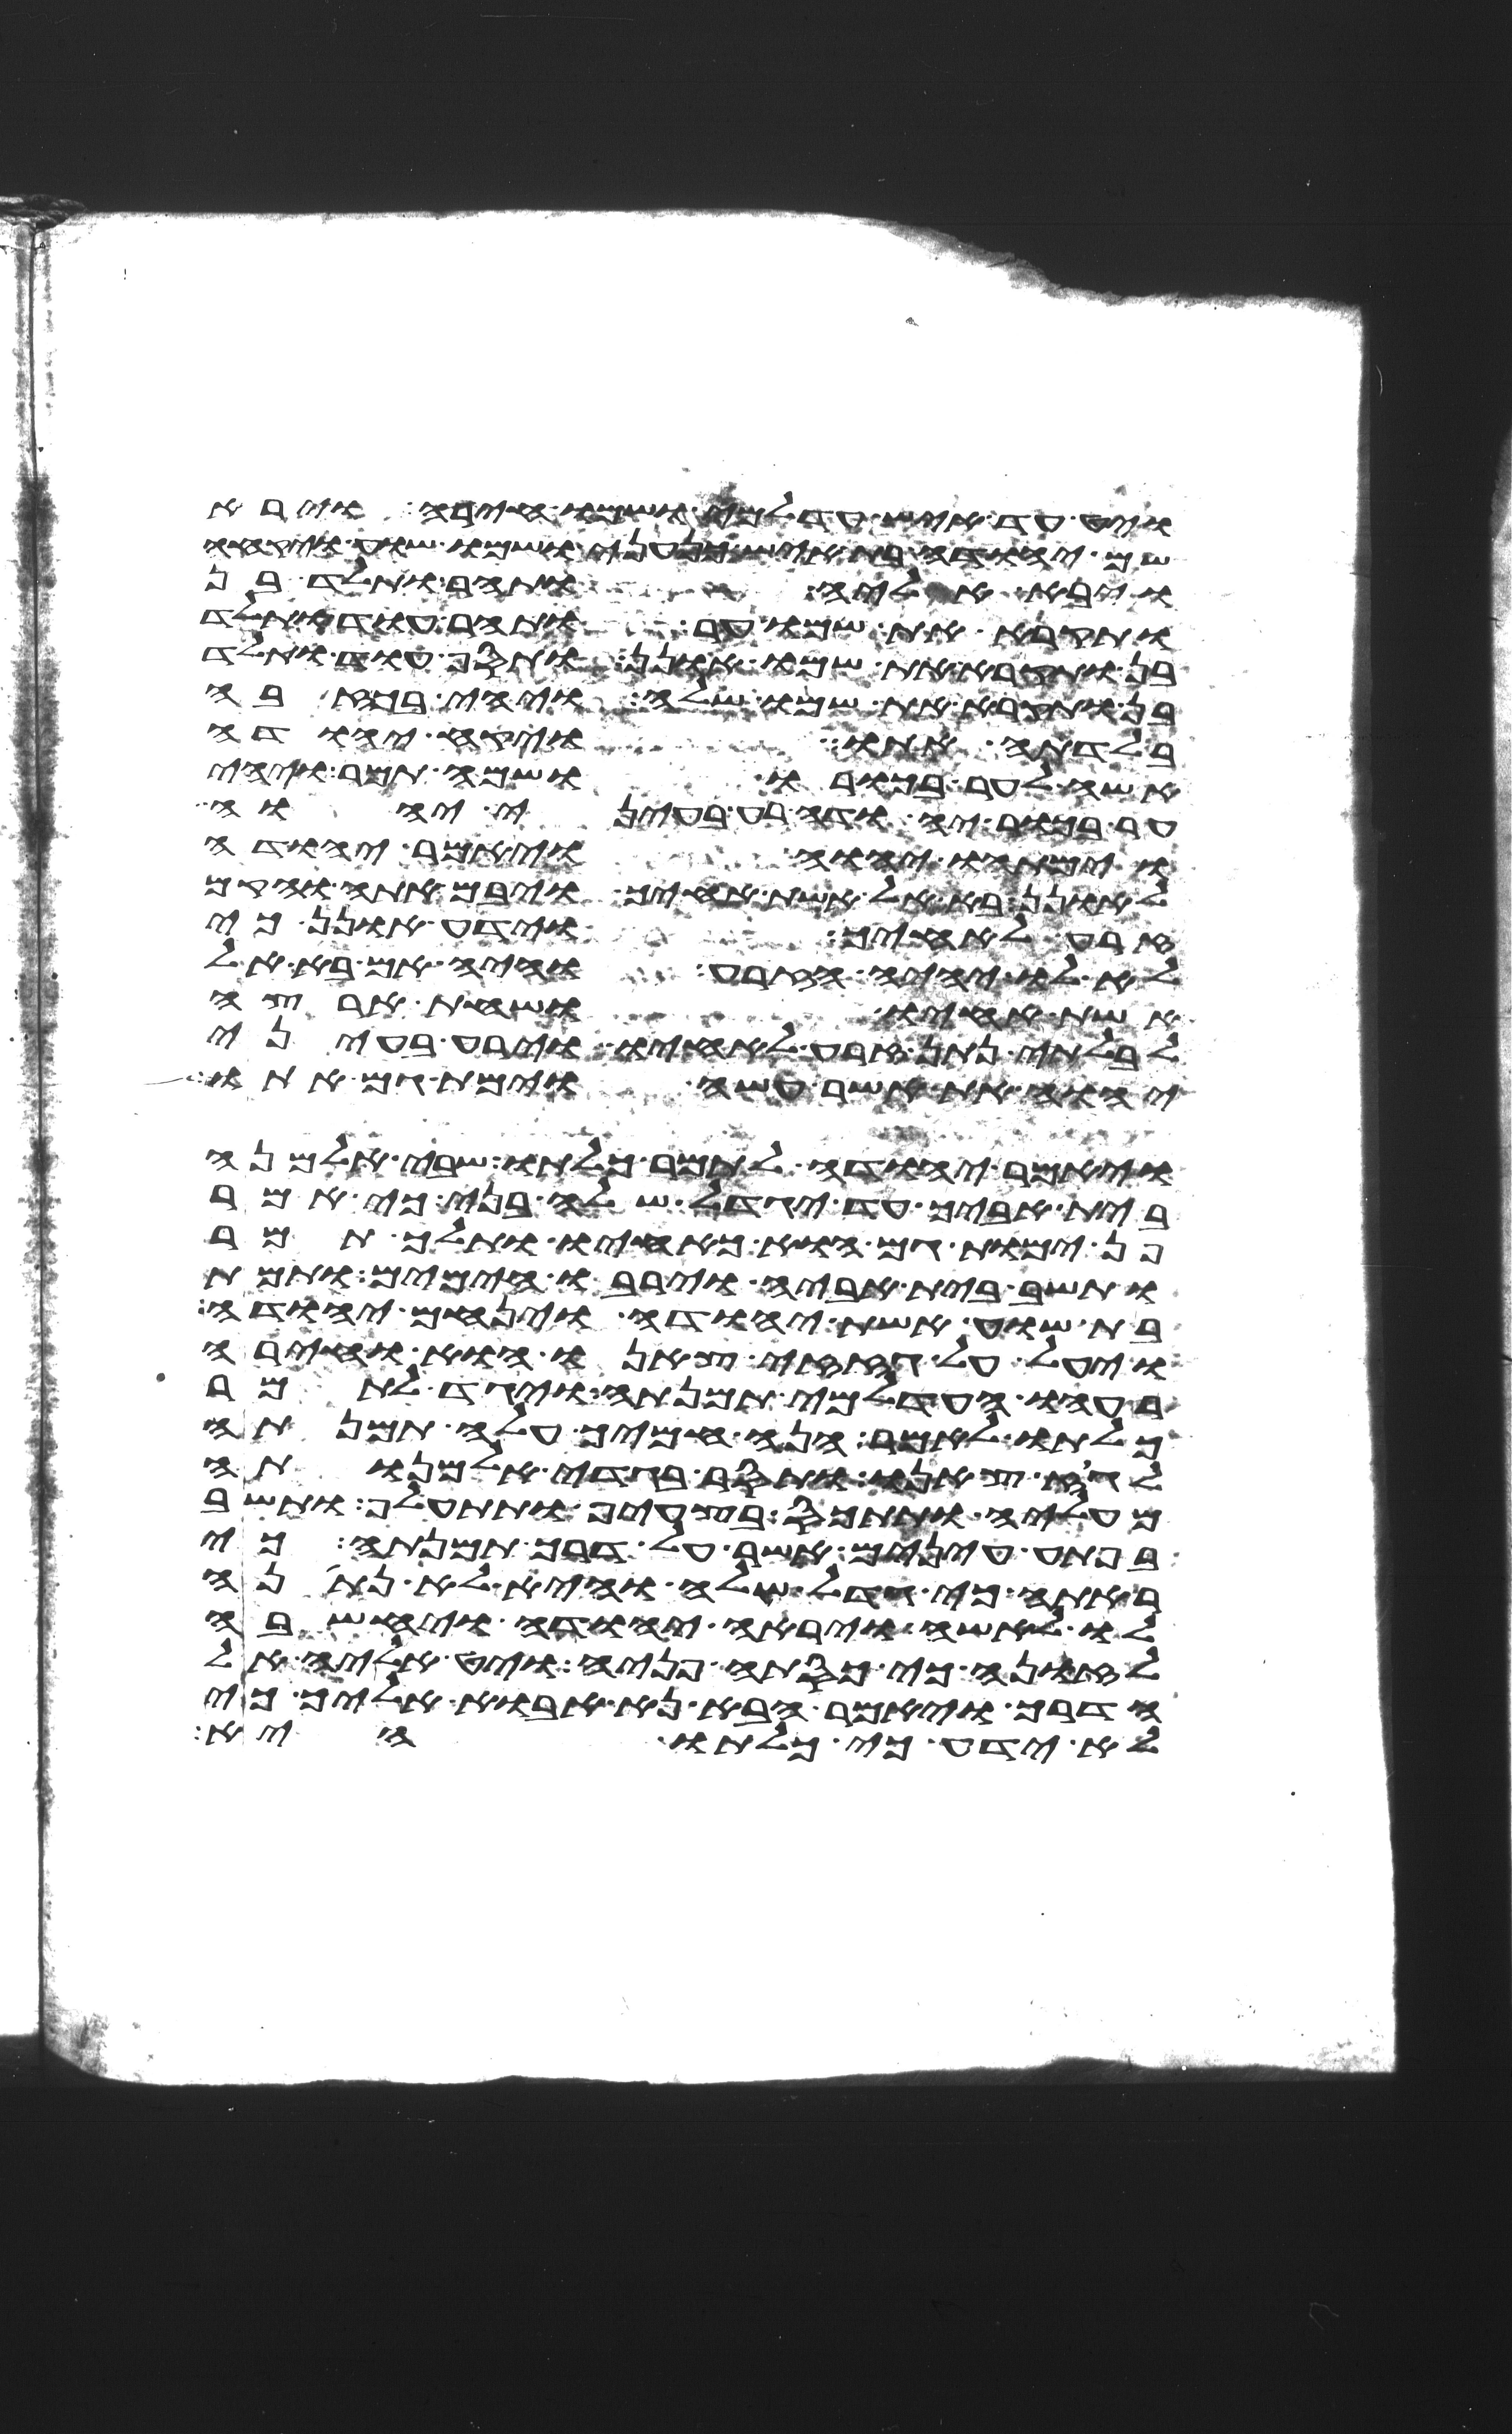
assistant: ויט עד איש עדלמי ושמו חירה וירא
שם יהודה בת איש כנעני ושמו שוע ויקחה
ויבא אליה ותהר ותלד בן
ותקרא את שמו ער ותהר עוד ותלד
בן ותקרא את שמו אונן ותסף עוד ותלד
בן ותקרא את שמו שלה ויהי בכזבה
בלדתה אתו ויקח יהודה
אשה לער בכורו ושמה תמר ויהי
ער בכור יהודה רע בעיני יהוה
וימתהו יהוה ויאמר יהודה
לאונן בא אל אשת אחיך ויבם אתה והקם
זרע לאחיך וידע אונן כי
לא לו יהיה הזרע והיה אם בא אל
אשת אחיו ושחת ארצה
לבלתי נתן זרע לאחיו וירע בעיני
יהוה את אשר עשה וימת גם אתו
ויאמר יהודה לתמר כלתו שבי אלמנה
בית אביך עד יגדל שלה בני כי אמר
פן ימות גם הוא כאחיו ותלך תמר
ותשב בית אביה וירבו הימים ותמת
בת שוע אשת יהודה וינחם יהודה
ויעל אל גזזי צאנו הוא וחירה
רעהו העדלמי תמנתה ויגד לתמר
כלתו לאמר הנה חמיך עלה תמנתה
לגוז צאנו ותסר בגדי אלמנותה
מעליה ותתכס בצעיף ותתעלף ותשב
בפתע עינים אשר על דרך תמנתה כי
ראתה כי גדל שלה והיא לא נתנה
לו לאשה ויראה יהודה ויחשבה
לזונה כי כסתה פניה ויט אליה אל
הדרך ויאמר הבא נא אבוא אליך כי
לא ידע כי כלתו היא